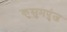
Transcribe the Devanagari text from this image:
कुसुमपुंज